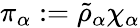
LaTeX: \pi_{\alpha}:=\tilde{\rho}_{\alpha}\chi_{\alpha}